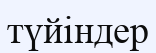
түйіндер